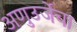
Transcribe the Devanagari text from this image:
अणुउर्जेचा